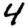
Digit: 4